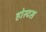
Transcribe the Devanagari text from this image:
होस्टस